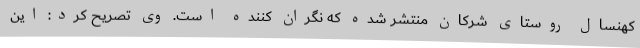
کهنسال روستای شرکان منتشر شده که نگران کننده است. وی تصریح کرد: این